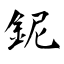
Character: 鈮